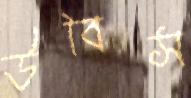
উবিস